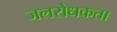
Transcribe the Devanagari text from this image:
जलरोधकता